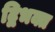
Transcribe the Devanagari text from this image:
द्विभक्त